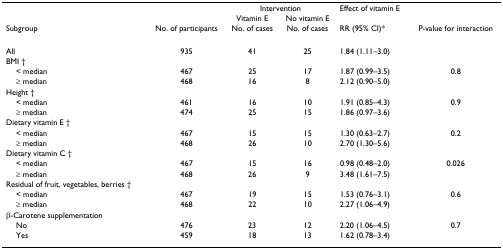
|  |  | <COLSPAN=2> Intervention | Effect of vitamin E |  |
 |  |  | Vitamin E | No vitamin E |  |  |
 | Subgroup | No. of participants | No. of cases | No. of cases | RR (95% CI)* | P-value for interaction |
 | --- | --- | --- | --- | --- | --- |
 | All | 935 | 41 | 25 | 1.84 (1.11–3.0) |  |
 | BMI † |  |  |  |  |  |
 | < median | 467 | 25 | 17 | 1.87 (0.99–3.5) | 0.8 |
 | ≥ median | 468 | 16 | 8 | 2.12 (0.90–5.0) |  |
 | Height † |  |  |  |  |  |
 | < median | 461 | 16 | 10 | 1.91 (0.85–4.3) | 0.9 |
 | ≥ median | 474 | 25 | 15 | 1.86 (0.97–3.6) |  |
 | Dietary vitamin E † |  |  |  |  |  |
 | < median | 467 | 15 | 15 | 1.30 (0.63–2.7) | 0.2 |
 | ≥ median | 468 | 26 | 10 | 2.70 (1.30–5.6) |  |
 | Dietary vitamin C † |  |  |  |  |  |
 | < median | 467 | 15 | 16 | 0.98 (0.48–2.0) | 0.026 |
 | ≥ median | 468 | 26 | 9 | 3.48 (1.61–7.5) |  |
 | Residual of fruit, vegetables, berries † |  |  |  |  |  |
 | < median | 467 | 19 | 15 | 1.53 (0.76–3.1) | 0.6 |
 | ≥ median | 468 | 22 | 10 | 2.27 (1.06–4.9) |  |
 | β-Carotene supplementation |  |  |  |  |  |
 | No | 476 | 23 | 12 | 2.20 (1.06–4.5) | 0.7 |
 | Yes | 459 | 18 | 13 | 1.62 (0.78–3.4) |  |